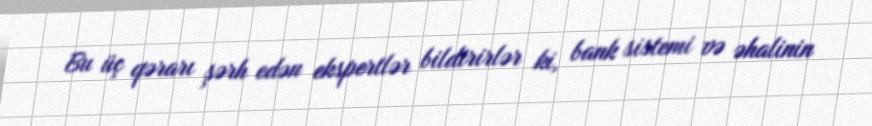
Bu üç qərarı şərh edən ekspertlər bildirirlər ki, bank sistemi və əhalinin